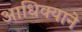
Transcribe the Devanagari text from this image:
आधिक्याने